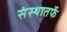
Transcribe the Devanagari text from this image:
संस्थातर्फे